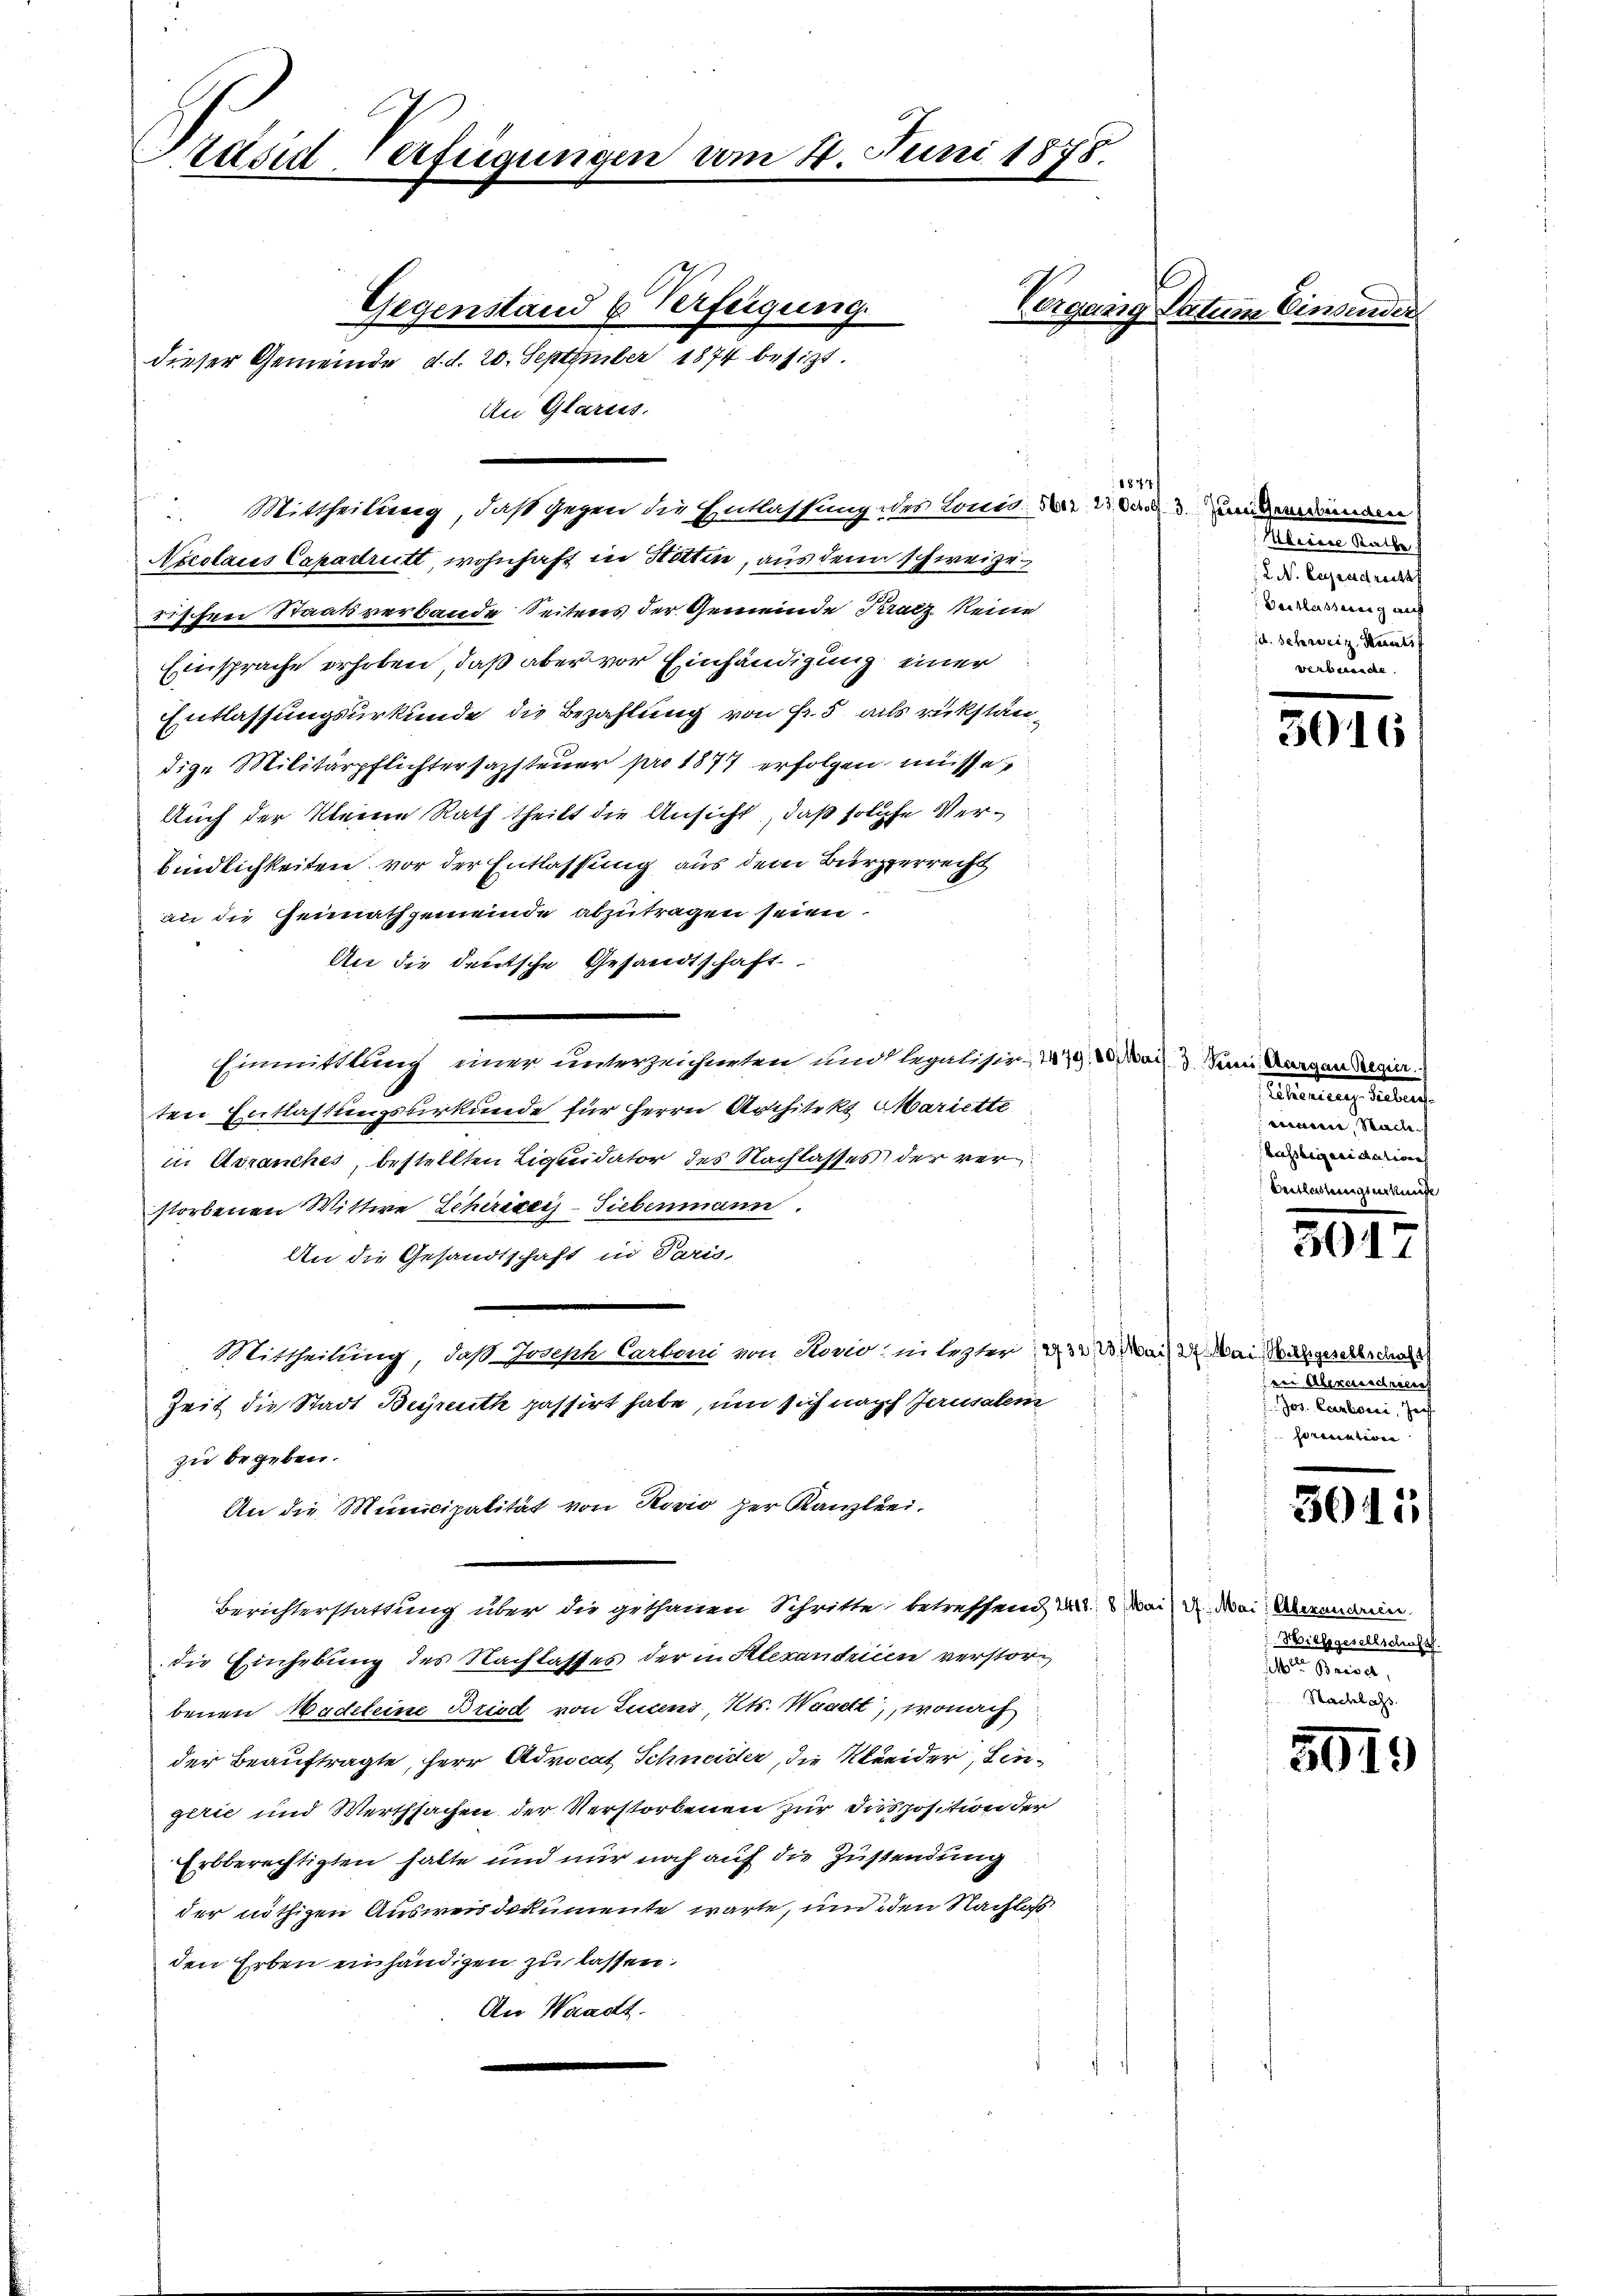
räsiderfügungen vom 4. Juni 1875.

Gegenstand u. Verfeigung
dieser Gemeinde, d. d. 20. September 1874 besitzt.
An Glarus.
Mittheilung, daß gegen die Entlassung des Loni, der an und einem
u
Nicolaus Capadritt, wohnhaft in Hottin, aus denn schweizerischrei Staatsverbande Seitens der Gemeinde Kratz keine
Einsprache erhoben, daß aber vor Einhändigung einer
Entlassungsurkunde die Bezahlung von Fr. 5 als rückständige Militärpflichtersamsteuer pro 1877 erfolgen müsse,
Auch der kleine Rath theilt die Ansicht, daß solche Verbindlichkeiten vor der Entlassung aus dem Bürgerrecht
an die Heimathgemeinde abzutragen seien.
An die deutsche Gesandtschaft.
Einmittlung einer unterzeichneten und legalisir- 179, 20 auf 3 Juni Aargau Regier
ten Entlastungsberkunde für Herrn Architekt Mariette
in Arranches, bestellten Liquidator des Nachlasses der verstorbenen Wittwe Schristi - Siebenmann
An die Gesandtschaft in Paris
Mittheilung, daß Joseph Carboni von Stovio, in lezter: 332. 3. Mai 24. Mai Malgesellerdin
Zeit die Stadt Begreuth passirt habe, um sich nach Jerusalem
zu begeben.
An die Municipalität von Rovio per Kanzlei-
Berichterstattung über die gethanen Schritte betreffend 2, 8 Mai d. Mai: Abanarin
die Einhebung des Nachlasses der in Alexandricen verstorbenen Madeleine Bried von Lucens Kts. Waadt, wonach
der Beauftragte, Herr Advocat Schneider, die Kleider, Lingirie und Werthsachen der Verstorbenen zur Disposition der
Erbberechtigten halte und nur noch auf die Zustendung
der nöthigen Ausweis dokumente warte, und den Nachloß
den Erben einhändigen zu lassen.
An Waadt.

Vergang Datum Einsender

1874

etierung herauf
eiraten, Stach
Kassianicatione

Meinen den de
L. N. Cependrecht
Beiklasserung auch
/d. Schweiz, Staatsf
verbesandte

3016

verwieserver

ven Übereichneten
Jos. Cartoni, Joh.
sornation

3011

Heillegesellschaft.
 Preises,
Nachlass

5919